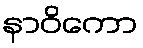
နာဝိကော